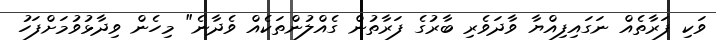
ވަކި ފަރާތެއް ނަގައިފިއްޔާ ވާދަވެރި ބާރުގެ ފަރާތުން ގެއްލުންތަކެއް ވެދާނެ" މިހެން ވިދާޅުވުމަށްފަހު